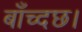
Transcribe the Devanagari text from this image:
बाँच्दछ।